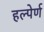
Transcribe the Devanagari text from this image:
हल्पेर्ण